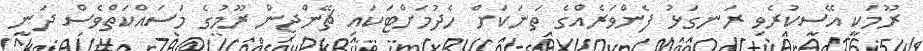
ރޫމަކީ އޭސީކުރެވި ރަނގަޅު ފެންވަރެއްގެ ތަނަކަށް ހެދުމަށްޓަކައި ޗޭންޖިން ރޫމުގެ މަސައްކަތްވެސް ދަނީ